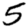
Digit: 5